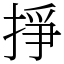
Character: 掙